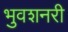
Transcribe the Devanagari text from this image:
भुवशनरी